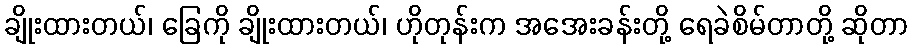
ချိုးထားတယ်၊ ခြေကို ချိုးထားတယ်၊ ဟိုတုန်းက အအေးခန်းတို့ ရေခဲစိမ်တာတို့ ဆိုတာ